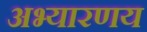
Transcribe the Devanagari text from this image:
अभ्‍यारणय